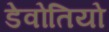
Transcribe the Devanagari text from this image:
डेवोतियो